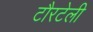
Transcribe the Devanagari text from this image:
टौरटेली